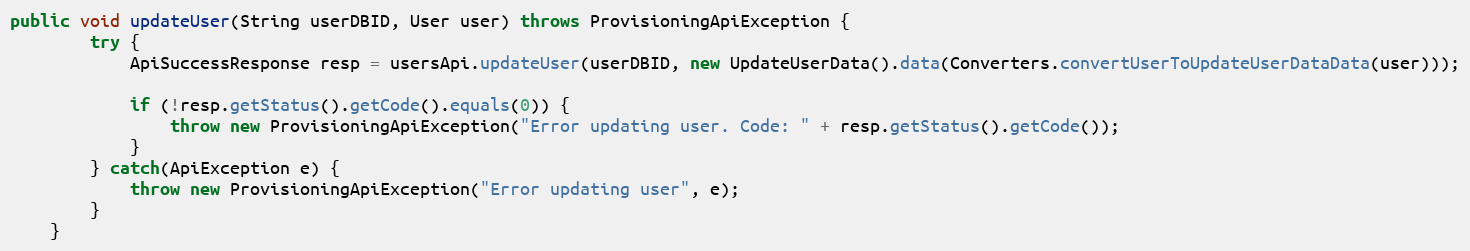
Language: Java
public void updateUser(String userDBID, User user) throws ProvisioningApiException {
		try {
			ApiSuccessResponse resp = usersApi.updateUser(userDBID, new UpdateUserData().data(Converters.convertUserToUpdateUserDataData(user)));

			if (!resp.getStatus().getCode().equals(0)) {
				throw new ProvisioningApiException("Error updating user. Code: " + resp.getStatus().getCode());
			}
        } catch(ApiException e) {
        	throw new ProvisioningApiException("Error updating user", e);
        }
	}